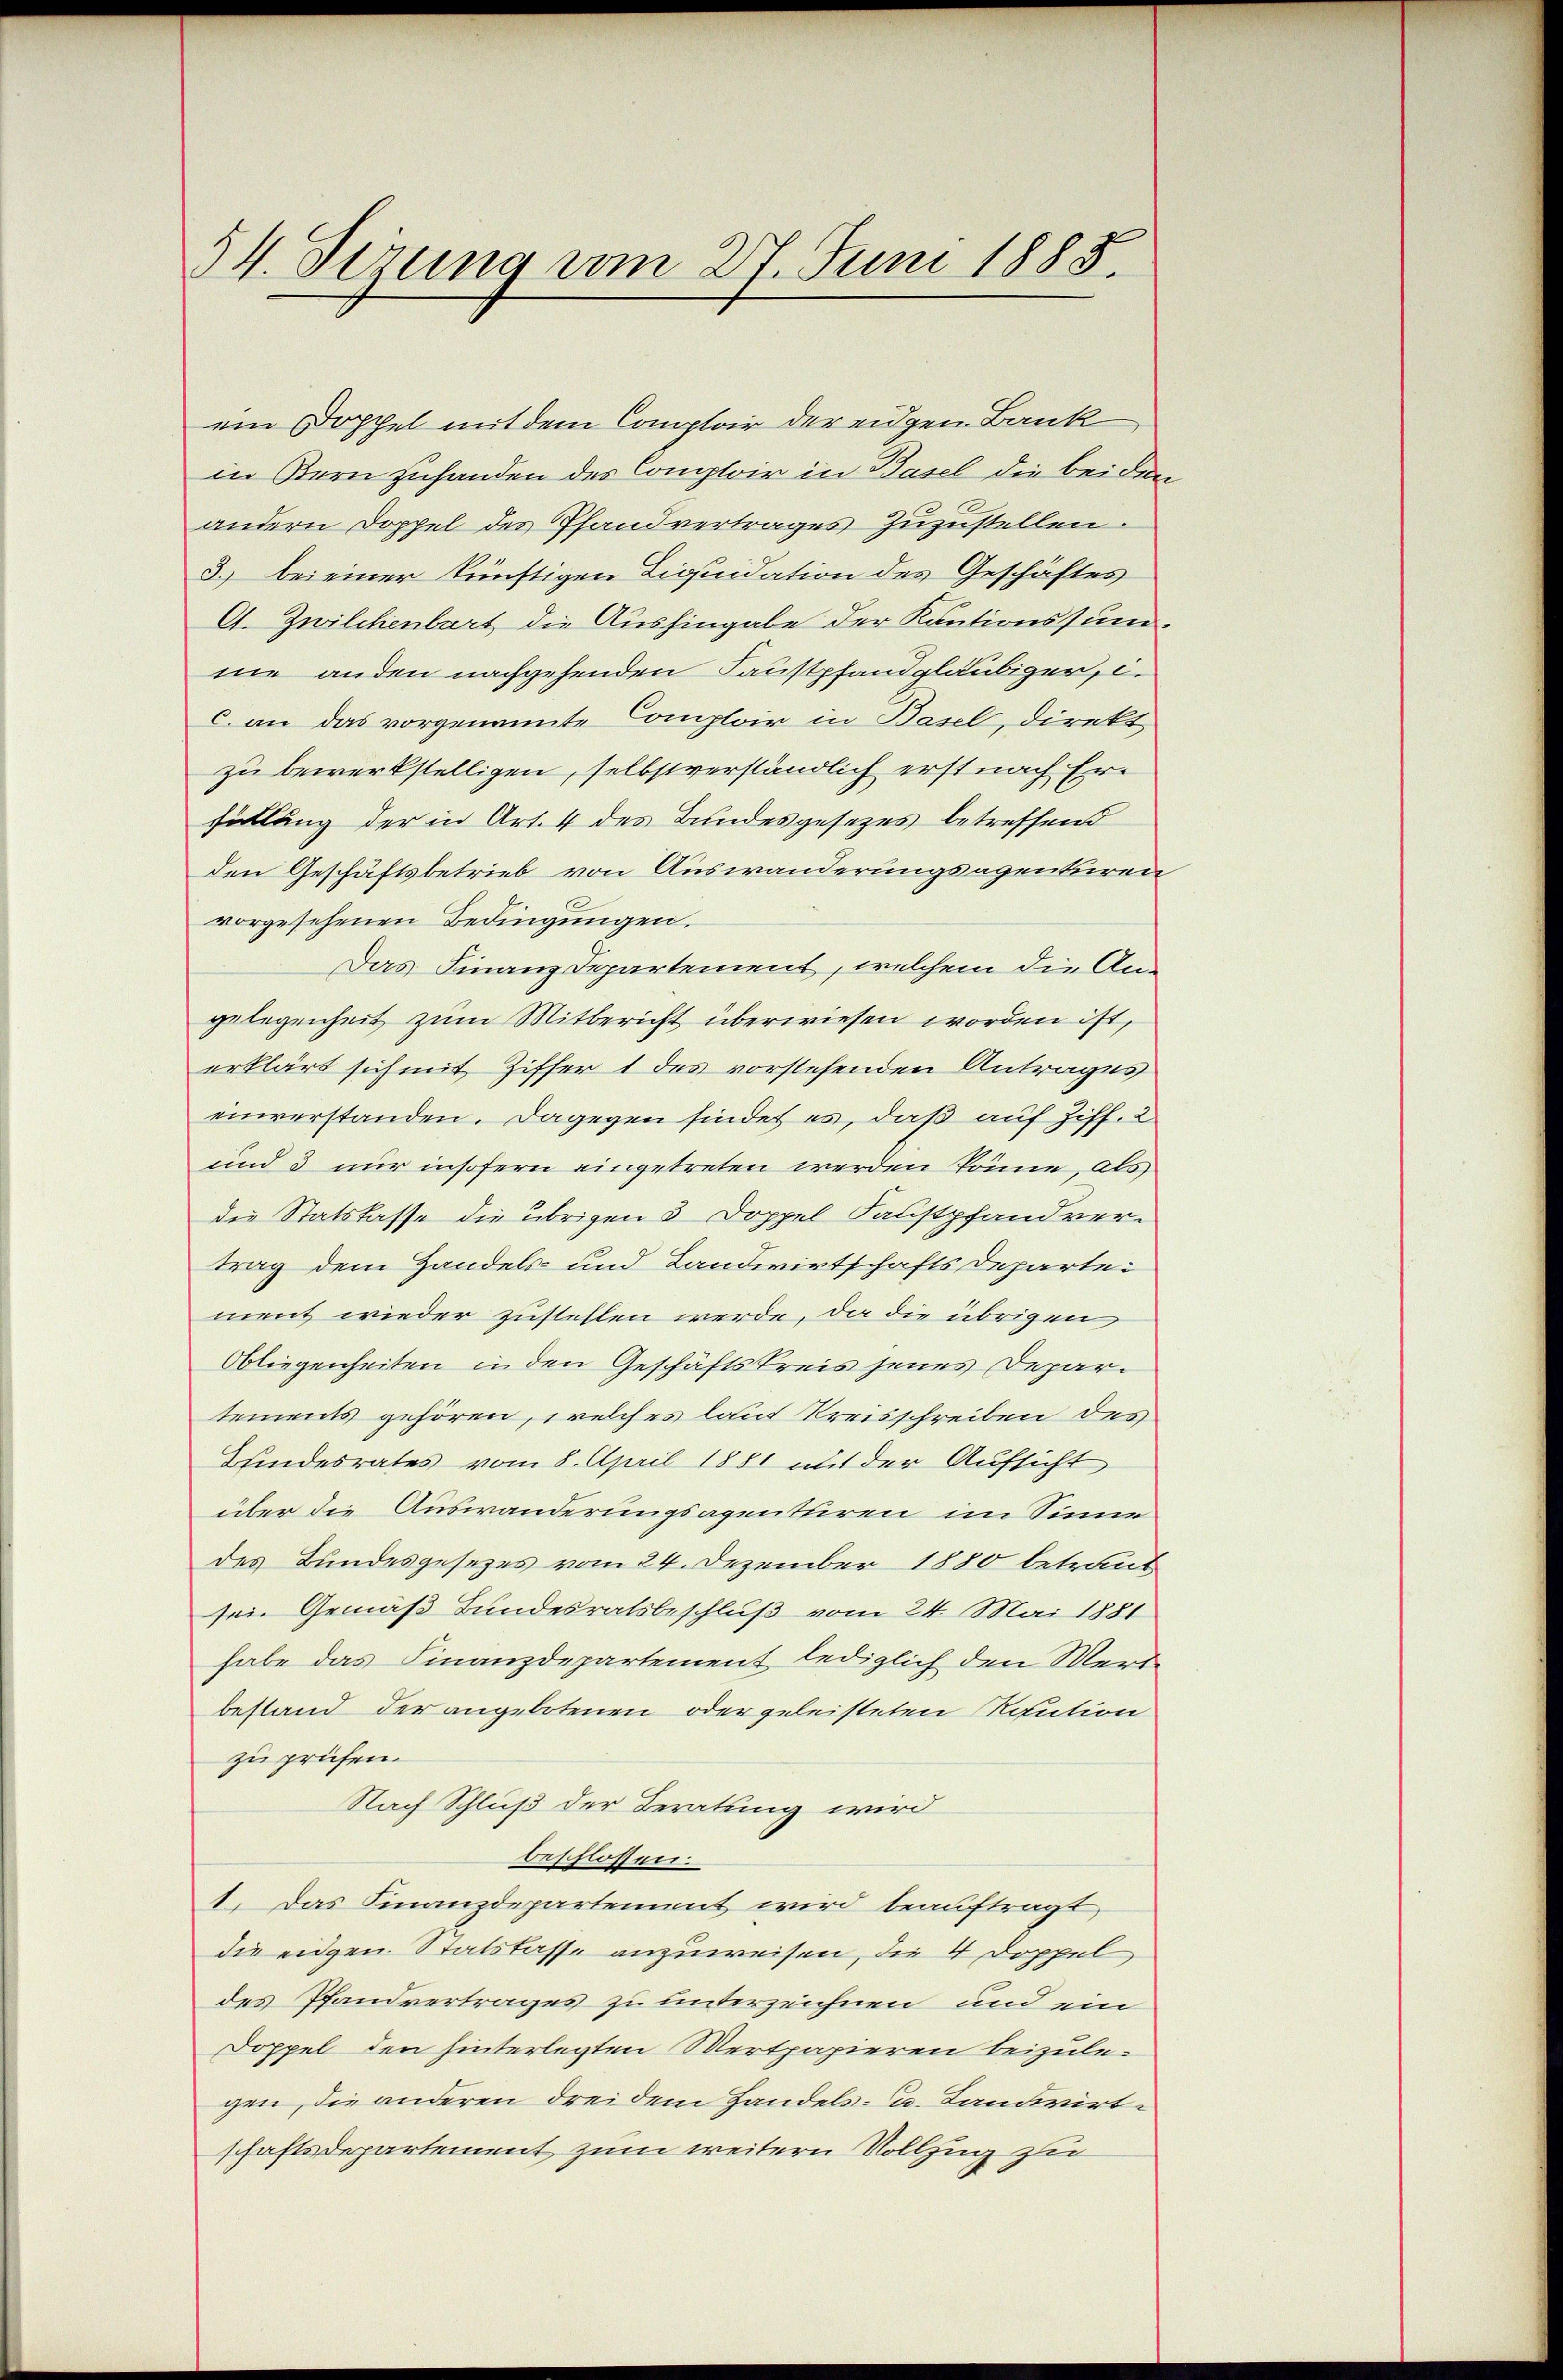
54. Serung vom 27. Juni 1885.

ein Doppel mit dem Comptoir der eidgen Bank
in Bern zuhanden der Comptoir in Basel die beiden
andern Doppel des Pfandvertrages zuzustellen.
3.) bei einer künftigen Liquidation des Geschäftes
A. Zwilchenbart, die Aushingabe der Kautionssumme anden nachgehenden Faustpfandgläubiger, i.
c. an das vorgenannte Comploir in Basel, direkt
zu bewerkstelligen, selbstverständlich erst nach Erfüllung der in Art. 4 des Bundesgesetzes betreffend
den Geschäftsbetrieb von Auswanderungsagenturen
vorgesehenen Bedingungen.
Das Finanzdepartement, welchem die An-
gelegenheit zum Mitbericht überwiesen worden ist,
erklärt sich mit Ziffer 1 des vorstehenden Antrages
einverstanden. Dagegen findet es, daß auf Ziff. 2
und 3 nur insofern eingetreten werden könne, als
die Statskasse die übrigen 3 Doppel Faustpfand vertrag dem Handels- und Landwirtschaftsdepartement wieder zustellen werde, da die übrigen
Obliegenheiten in den Geschäftskreis jenes Departements gehören, welches laut Kreisschreiben des
Bundesrates vom 8. April 1881 mit der Aufsicht
über die Auswanderungsagenthiren im Sinne
des Bundesgesezes vom 24. Dezember 1880 betraut
sein Gemäß Bundesratsbeschluß vom 24. Mai 1881
habe das Finanzdepartement lediglich den Werde
bestand der angebotenen oder geleisteten Kaution
zu prüfen.
Nach Schluß der Beratung wird
beschlossen.
1. Das Finanzdepartement wird beauftragt,
die eigen Stattasse anzuweisen, die 4 Doppel
des Pfandvertrages zu unterzeichnen und ein
Doppel den hinterlegten Mertpapieren beizulegen, die anderen drei dem Handels- u. Landwirtschaftsdepartement zum weitern Vollzug zu

e